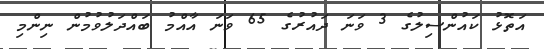
އަތޮޅު ކައުންސިލުގެ 3 ވަނަ ދައުރުގެ 65 ވަނަ އާއްމު ބައްދަލުވުމުން ނިންމި